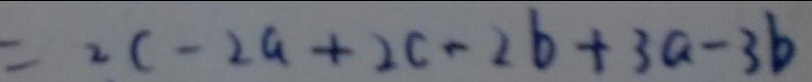
= 2 c - 2 a + 2 c - 2 b + 3 a - 3 b